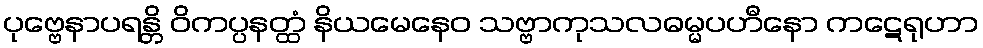
ပုဗ္ဗေနာပရန္တိ ဝိကပ္ပနတ္ထံ နိယမေနေဝ သဗ္ဗာကုသလဓမ္မပဟီနော ကဋေရုဟာ